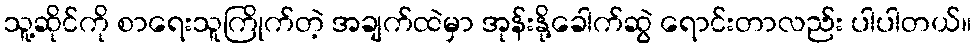
သူ့ဆိုင်ကို စာရေးသူကြိုက်တဲ့ အချက်ထဲမှာ အုန်းနို့ခေါက်ဆွဲ ရောင်းတာလည်း ပါပါတယ်။